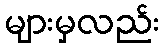
များမှလည်း